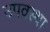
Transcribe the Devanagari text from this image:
उपवस्था